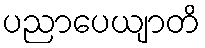
ပညာပေယျာတိ